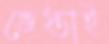
ভেস্তাই